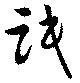
氓